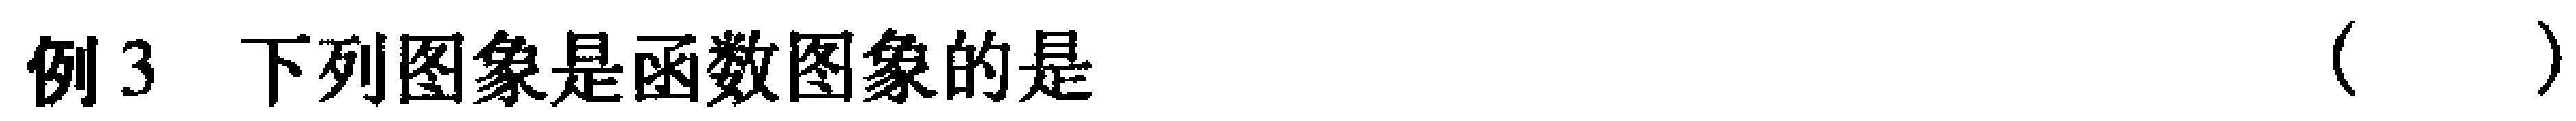
例3 下列图象是函数图象的是（  ）